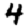
Digit: 4